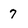
Character: 7